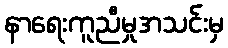
နာရေးကူညီမှုအသင်းမှ